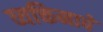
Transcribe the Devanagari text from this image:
व्यक्तिनावे